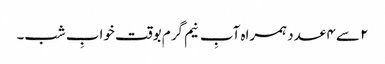
۲ سے ۴ عدد ہمراہ آبِ نیم گرم بوقت خوابِ شب۔